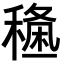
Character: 𥡑